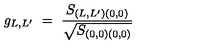
g _ { L , L ^ { \prime } } \ = \ \frac { S _ { ( L , L ^ { \prime } ) ( 0 , 0 ) } } { \sqrt { S _ { ( 0 , 0 ) ( 0 , 0 ) } } }